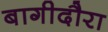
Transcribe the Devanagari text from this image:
बागीदौरा